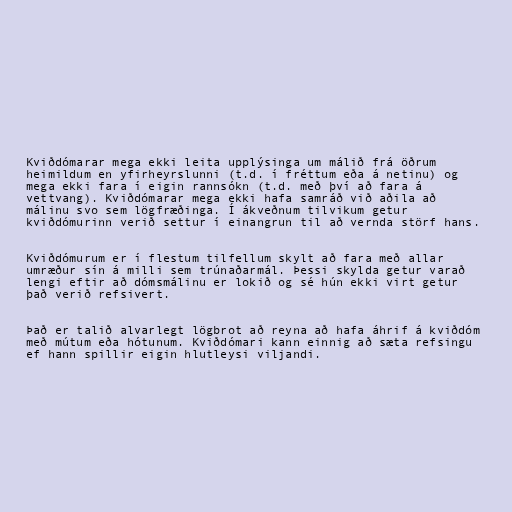
Kviðdómarar mega ekki leita upplýsinga um málið frá öðrum
heimildum en yfirheyrslunni (t.d. í fréttum eða á netinu) og
mega ekki fara í eigin rannsókn (t.d. með því að fara á
vettvang). Kviðdómarar mega ekki hafa samráð við aðila að
málinu svo sem lögfræðinga. Í ákveðnum tilvikum getur
kviðdómurinn verið settur í einangrun til að vernda störf hans.

Kviðdómurum er í flestum tilfellum skylt að fara með allar
umræður sín á milli sem trúnaðarmál. Þessi skylda getur varað
lengi eftir að dómsmálinu er lokið og sé hún ekki virt getur
það verið refsivert.

Það er talið alvarlegt lögbrot að reyna að hafa áhrif á kviðdóm
með mútum eða hótunum. Kviðdómari kann einnig að sæta refsingu
ef hann spillir eigin hlutleysi viljandi.